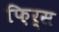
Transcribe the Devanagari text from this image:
फ़िर्स